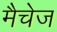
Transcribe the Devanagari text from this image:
मैचेज